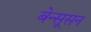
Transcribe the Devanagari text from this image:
बेन्सूसन